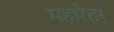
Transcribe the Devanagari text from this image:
महारेतर